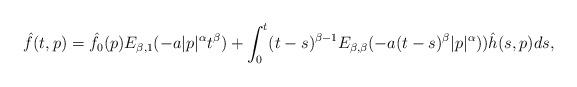
LaTeX: \begin{align*}\hat{f}(t,p)=\hat{f}_{0}(p)E_{\beta,1}(-a|p|^{\alpha}t^{\beta}) + \int_{0}^{t}(t-s)^{\beta - 1}E_{\beta, \beta}(-a(t-s)^{\beta}|p|^{\alpha}))\hat{h}(s,p)ds,\end{align*}